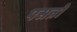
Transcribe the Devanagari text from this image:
पसन्नो